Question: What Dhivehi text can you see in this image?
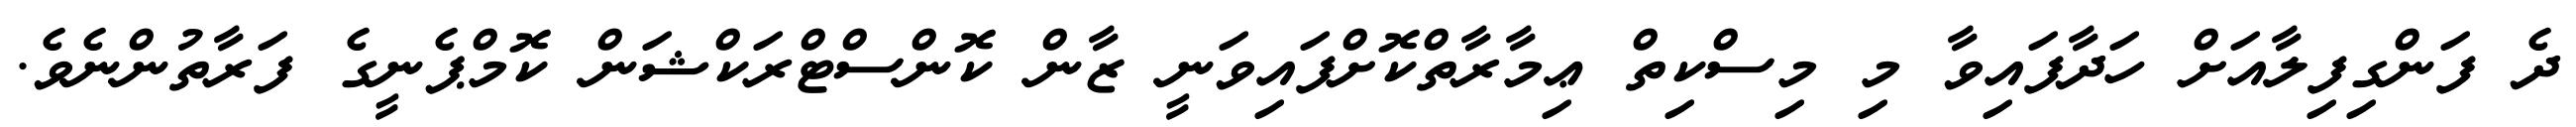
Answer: ދެ ފަންގިފިލާއަށް ހަދާފައިވާ މި މިސްކިތް ޢިމާރާތްކޮށްފައިވަނީ ޒާން ކޮންސްޓްރަކްޝަން ކޮމްޕެނީގެ ފަރާތުންނެވެ.